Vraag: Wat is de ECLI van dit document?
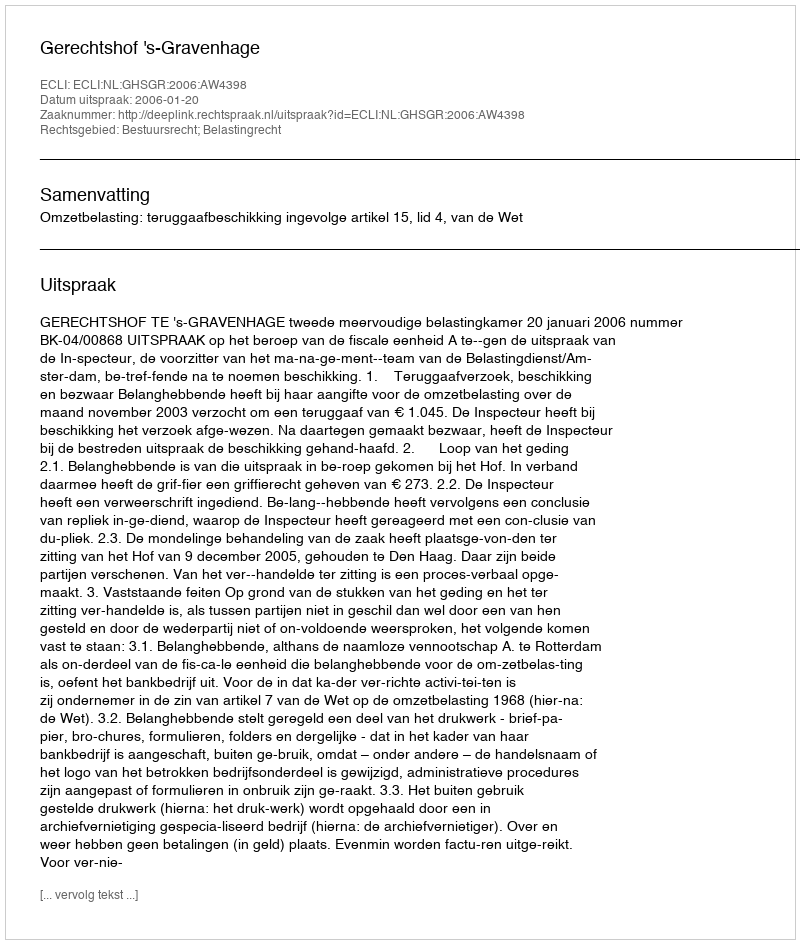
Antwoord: ECLI:NL:GHSGR:2006:AW4398